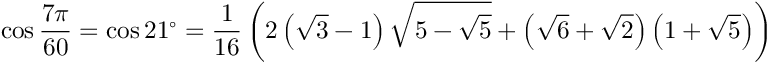
\cos { \frac { 7 \pi } { 6 0 } } = \cos 2 1 ^ { \circ } = { \frac { 1 } { 1 6 } } \left( 2 \left( { \sqrt { 3 } } - 1 \right) { \sqrt { 5 - { \sqrt { 5 } } } } + \left( { \sqrt { 6 } } + { \sqrt { 2 } } \right) \left( 1 + { \sqrt { 5 } } \right) \right)